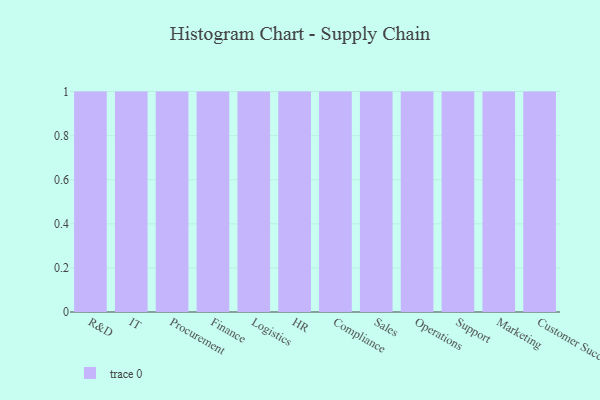
{"axis": {"x": "Department", "y": "Energy Usage (MWh)"}, "legend": [""], "data": [{"x": "R&D", "y": 41, "type": ""}, {"x": "IT", "y": 100, "type": ""}, {"x": "Procurement", "y": 4, "type": ""}, {"x": "Finance", "y": 18, "type": ""}, {"x": "Logistics", "y": 80, "type": ""}, {"x": "HR", "y": 25, "type": ""}, {"x": "Compliance", "y": 69, "type": ""}, {"x": "Sales", "y": 34, "type": ""}, {"x": "Operations", "y": 43, "type": ""}, {"x": "Support", "y": 39, "type": ""}, {"x": "Marketing", "y": 23, "type": ""}, {"x": "Customer Success", "y": 45, "type": ""}]}